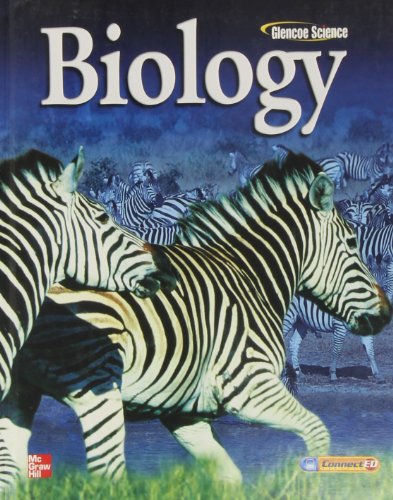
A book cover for Glencoe Biology (Glencoe Science); Alton Biggs; Teen & Young Adult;